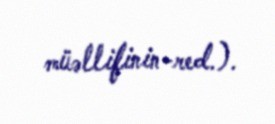
müəllifinin-red.).